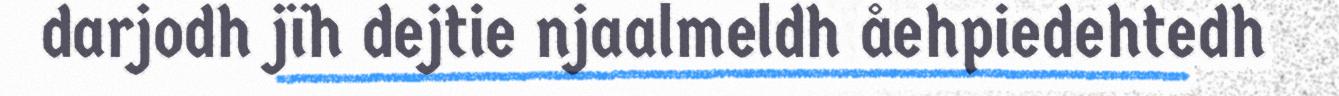
darjodh jïh dejtie njaalmeldh åehpiedehtedh